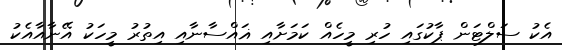
އެކު ސަލްޓަން ޕާކުގައި ހުރި މީހެއް ކަމަށާއި ޣައްސާނާއި އިތުރު މީހަކު އޭނާއާއެކު